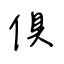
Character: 俱